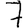
Digit: 7